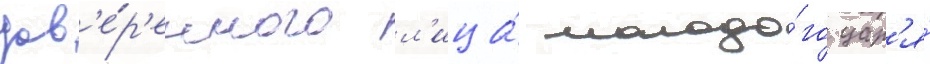
дов'е́р'енного л'ица́ молодо́го цар'я́